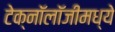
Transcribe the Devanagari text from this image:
टेक्‍नॉलॉजीमध्ये